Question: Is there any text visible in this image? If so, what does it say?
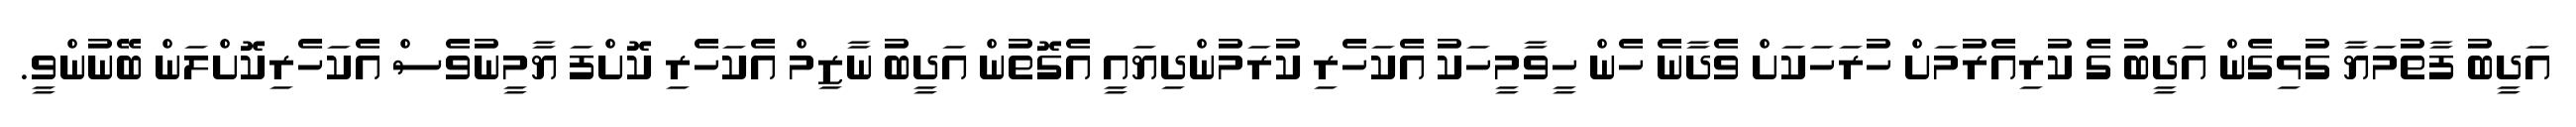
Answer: އަދީބު ފާތުމަޔާ ގުޅިގެން އަދީބު ގެ ކުރިއެރުމަށް ހުރަހަކަށް ވެދާނެ ހެން ހީވާމީހަކު އެކަހެރި ކުރަމުންދިޔައީ އެގޮތުން އަދީބު ނާޒިމް އެކަހެރި ކޮށްފަ ޔާމީނުވެސް އެކަހެރިކޮށްލަން ބޭނުންވީ.